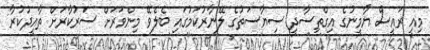
މިއީ ރައީސް ޔާމީނުގެ އިގްތިސާދީ ސިޔާސަތުގެ ލޭނާރުކަމުގައި ބެލެވޭ މިންވަރަށް ސަރުކާރަށް ތާއީދުކުރާ